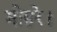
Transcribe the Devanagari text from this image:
मोहरे।